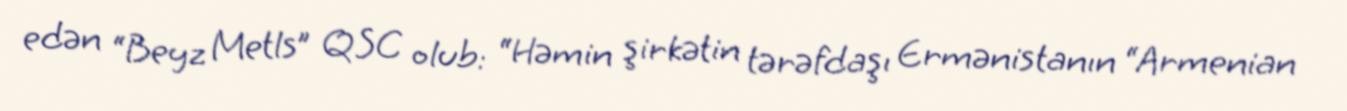
edən “Beyz Metls” QSC olub: “Həmin şirkətin tərəfdaşı Ermənistanın “Armenian